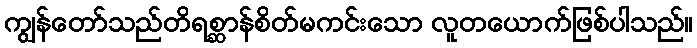
ကျွန်တော်သည်တိရစ္ဆာန်စိတ်မကင်းသော လူတယောက်ဖြစ်ပါသည်။